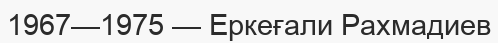
1967—1975 — Еркеғали Рахмадиев